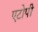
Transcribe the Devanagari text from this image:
एटोपी